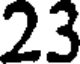
23